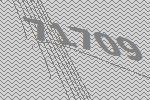
71709